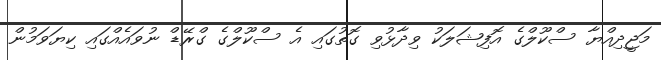
މަޖީދިއްޔާ ސްކޫލްގެ އޮފިޝަލަކު ވިދާޅުވި ގޮތުގައި އެ ސްކޫލްގެ ގްރޭޑް ނުވައެއްގައި ކިޔަވަމުން